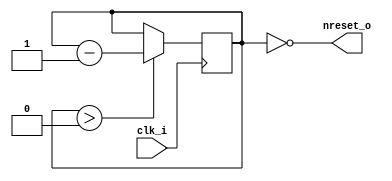
module reset (

	//////////// CLOCK //////////
	input clk_i,

	//////////// reset signal //////////
	output nreset_o
);

reg [3:0] reset_counter = 4'b1111;

// Reset is LOW until reset counter is 0, then goes high and stays high
assign nreset_o = (reset_counter == 1'b0);

always @(posedge clk_i)
begin
	if( reset_counter > 1'b0 ) reset_counter = reset_counter - 1'b1;
end

endmodule